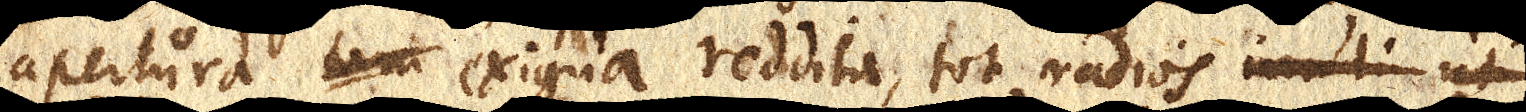
apertura tam exigua reddita, tot radios